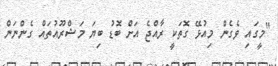
"މީގައި ވެގެން މިއުޅޭ ގޮތަކީ ރާއްޖެ އަށް ބޮޑު ބިޔަ މަޝްރޫއުތައް ގެންނަން